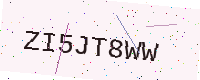
Text: ZI5JT8WW